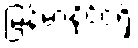
မြန်မာနိုင်ငံရှိ